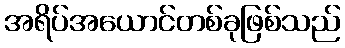
အရိပ်အယောင်တစ်ခုဖြစ်သည်